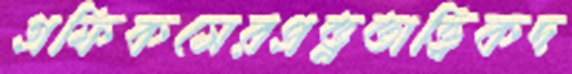
গ্রফিকসেরপ্রত্নতাত্ত্বিকদ